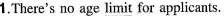
1.There's no age\underline{ limit }for applicants.